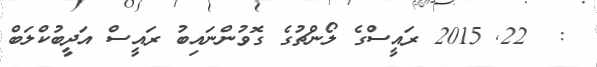
:  22